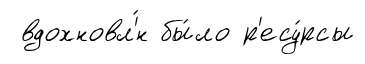
вдохновл'́н бы́ло р'есу́рсы